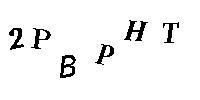
2PBPHT